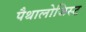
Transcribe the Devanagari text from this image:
पैथालोजिस्ट